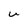
Character: u